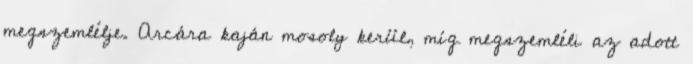
megszemlélje. Arcára kaján mosoly kerül, míg megszemléli az adott